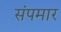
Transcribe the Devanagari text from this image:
संपमार